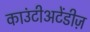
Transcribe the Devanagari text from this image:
काउंटीअटेंडीज़